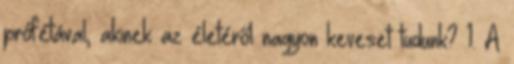
prófétával, akinek az életéről nagyon keveset tudunk? 1. A